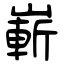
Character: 嶄